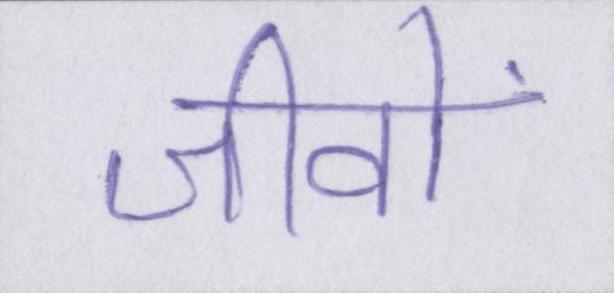
जीवों